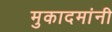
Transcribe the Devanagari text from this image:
मुकादमांनी